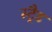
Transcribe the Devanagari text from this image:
स्ट्रैड